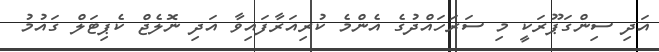
އަދި ސިންގަޕޫރަކީ މި ސަރަހައްދުގެ އެންމެ ކުރިއަރާފައިވާ އަދި ނޮލެޖް ކެޕިޓަލް ގައުމު